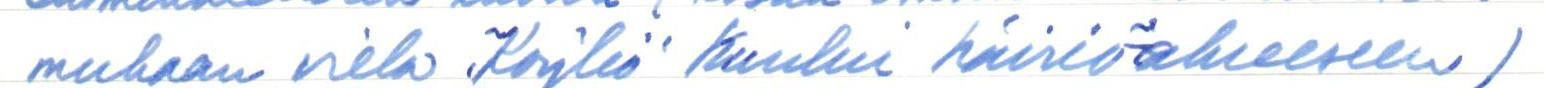
mukaan vielä "Köyliö" kuului häiriöalueeseen)